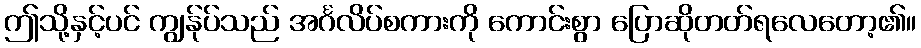
ဤသို့နှင့်ပင် ကျွန်ုပ်သည် အင်္ဂလိပ်စကားကို ကောင်းစွာ ပြောဆိုတတ်ရလေတော့၏။